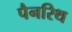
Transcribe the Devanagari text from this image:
पैनरिथ